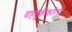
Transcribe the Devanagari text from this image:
वाहतुकीकरिता